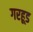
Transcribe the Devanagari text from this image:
गरहूड